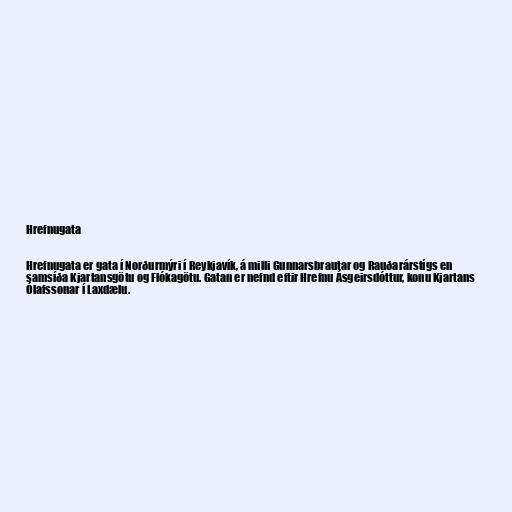
Hrefnugata

Hrefnugata er gata í Norðurmýri í Reykjavík, á milli Gunnarsbrautar og Rauðarárstígs en
samsíða Kjartansgötu og Flókagötu. Gatan er nefnd eftir Hrefnu Ásgeirsdóttur, konu Kjartans
Ólafssonar í Laxdælu.